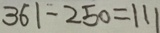
3 6 1 - 2 5 0 = 1 1 1